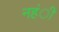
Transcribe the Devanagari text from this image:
नहंीं